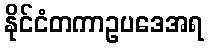
နိုင်ငံတကာဥပဒေအရ